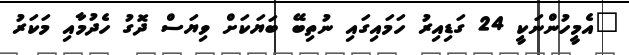
"އެމީހުންނަކީ 24 ގަޑިއިރު ހަމައިގައި ނުތިބޭ ބަޔަކަށް ވިޔަސް ދޮގު ހެދުމާއި މަކަރު